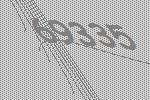
69335